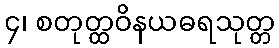
၄၊ စတုတ္ထဝိနယဓရသုတ္တ